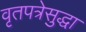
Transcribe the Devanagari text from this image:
वृतपत्रेसुद्धा